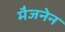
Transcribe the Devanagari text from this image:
मैजनेन